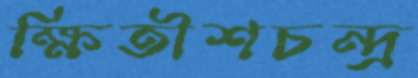
ক্ষিতীশচন্দ্র